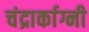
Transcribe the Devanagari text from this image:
चंद्रार्काग्नी